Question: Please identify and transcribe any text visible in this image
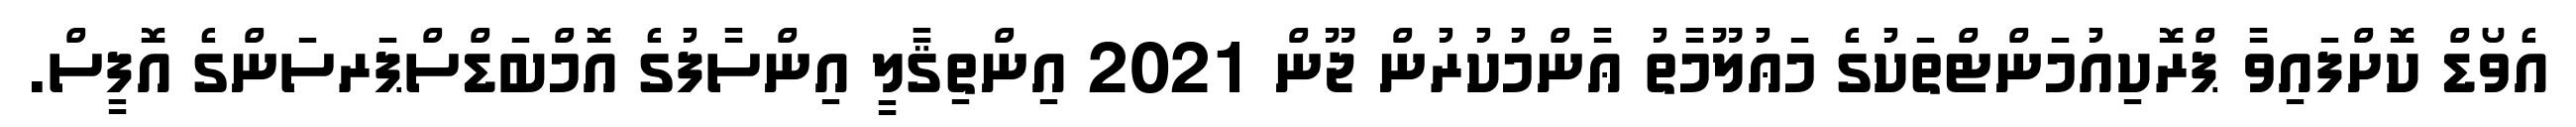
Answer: އެވޯޑް ކޮށްފައިވާ ޕްރޮކިއުމަންޓްތަކުގެ މަޢުލޫމާތު ޢާންމުކުރުން ޖޫން 2021 އިންތިޤާލީ އިންސާފުގެ އޮމްބަޑްސްޕަރސަންގެ އޮފީސް.